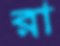
রা